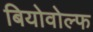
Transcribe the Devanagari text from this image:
बियोवोल्फ